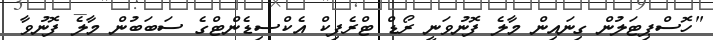
"ހޮސްޕިޓަލުން ގިނައިން މާލެ ފޮނުވަނީ ރޯޑް ޓްްރެފިކް އެކްސިޑެންޓްގެ ސަބަބުން މާލެ ފޮނުވާ